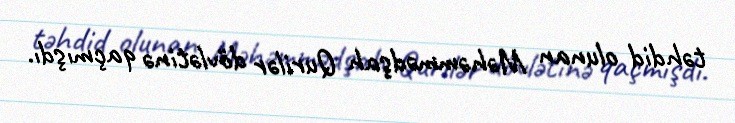
təhdid olunan Məhəmmədşah Qurilər dövlətinə qaçmışdı.